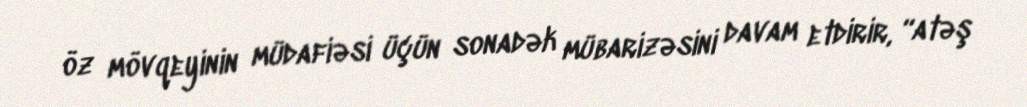
öz mövqeyinin müdafiəsi üçün sonadək mübarizəsini davam etdirir, “atəş